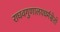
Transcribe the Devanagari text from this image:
राघवगुणालयधर्मसेतो